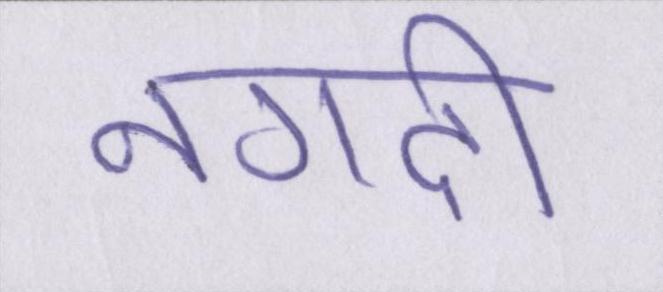
नगदी